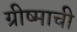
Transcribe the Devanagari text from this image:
ग्रीष्माची